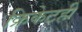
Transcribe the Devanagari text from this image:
क्रिकेटही